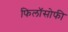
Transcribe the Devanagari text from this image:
फिलॉसोफी